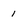
Character: i